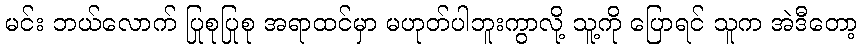
မင်း ဘယ်လောက် ပြုစုပြုစု အရာထင်မှာ မဟုတ်ပါဘူးကွာလို့ သူ့ကို ပြောရင် သူက အဲဒီတော့